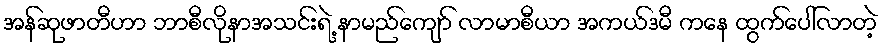
အန်ဆုဖာတီဟာ ဘာစီလိုနာအသင်းရဲ့ နာမည်ကျော် လာမာစီယာ အကယ်ဒမီ ကနေ ထွက်ပေါ်လာတဲ့